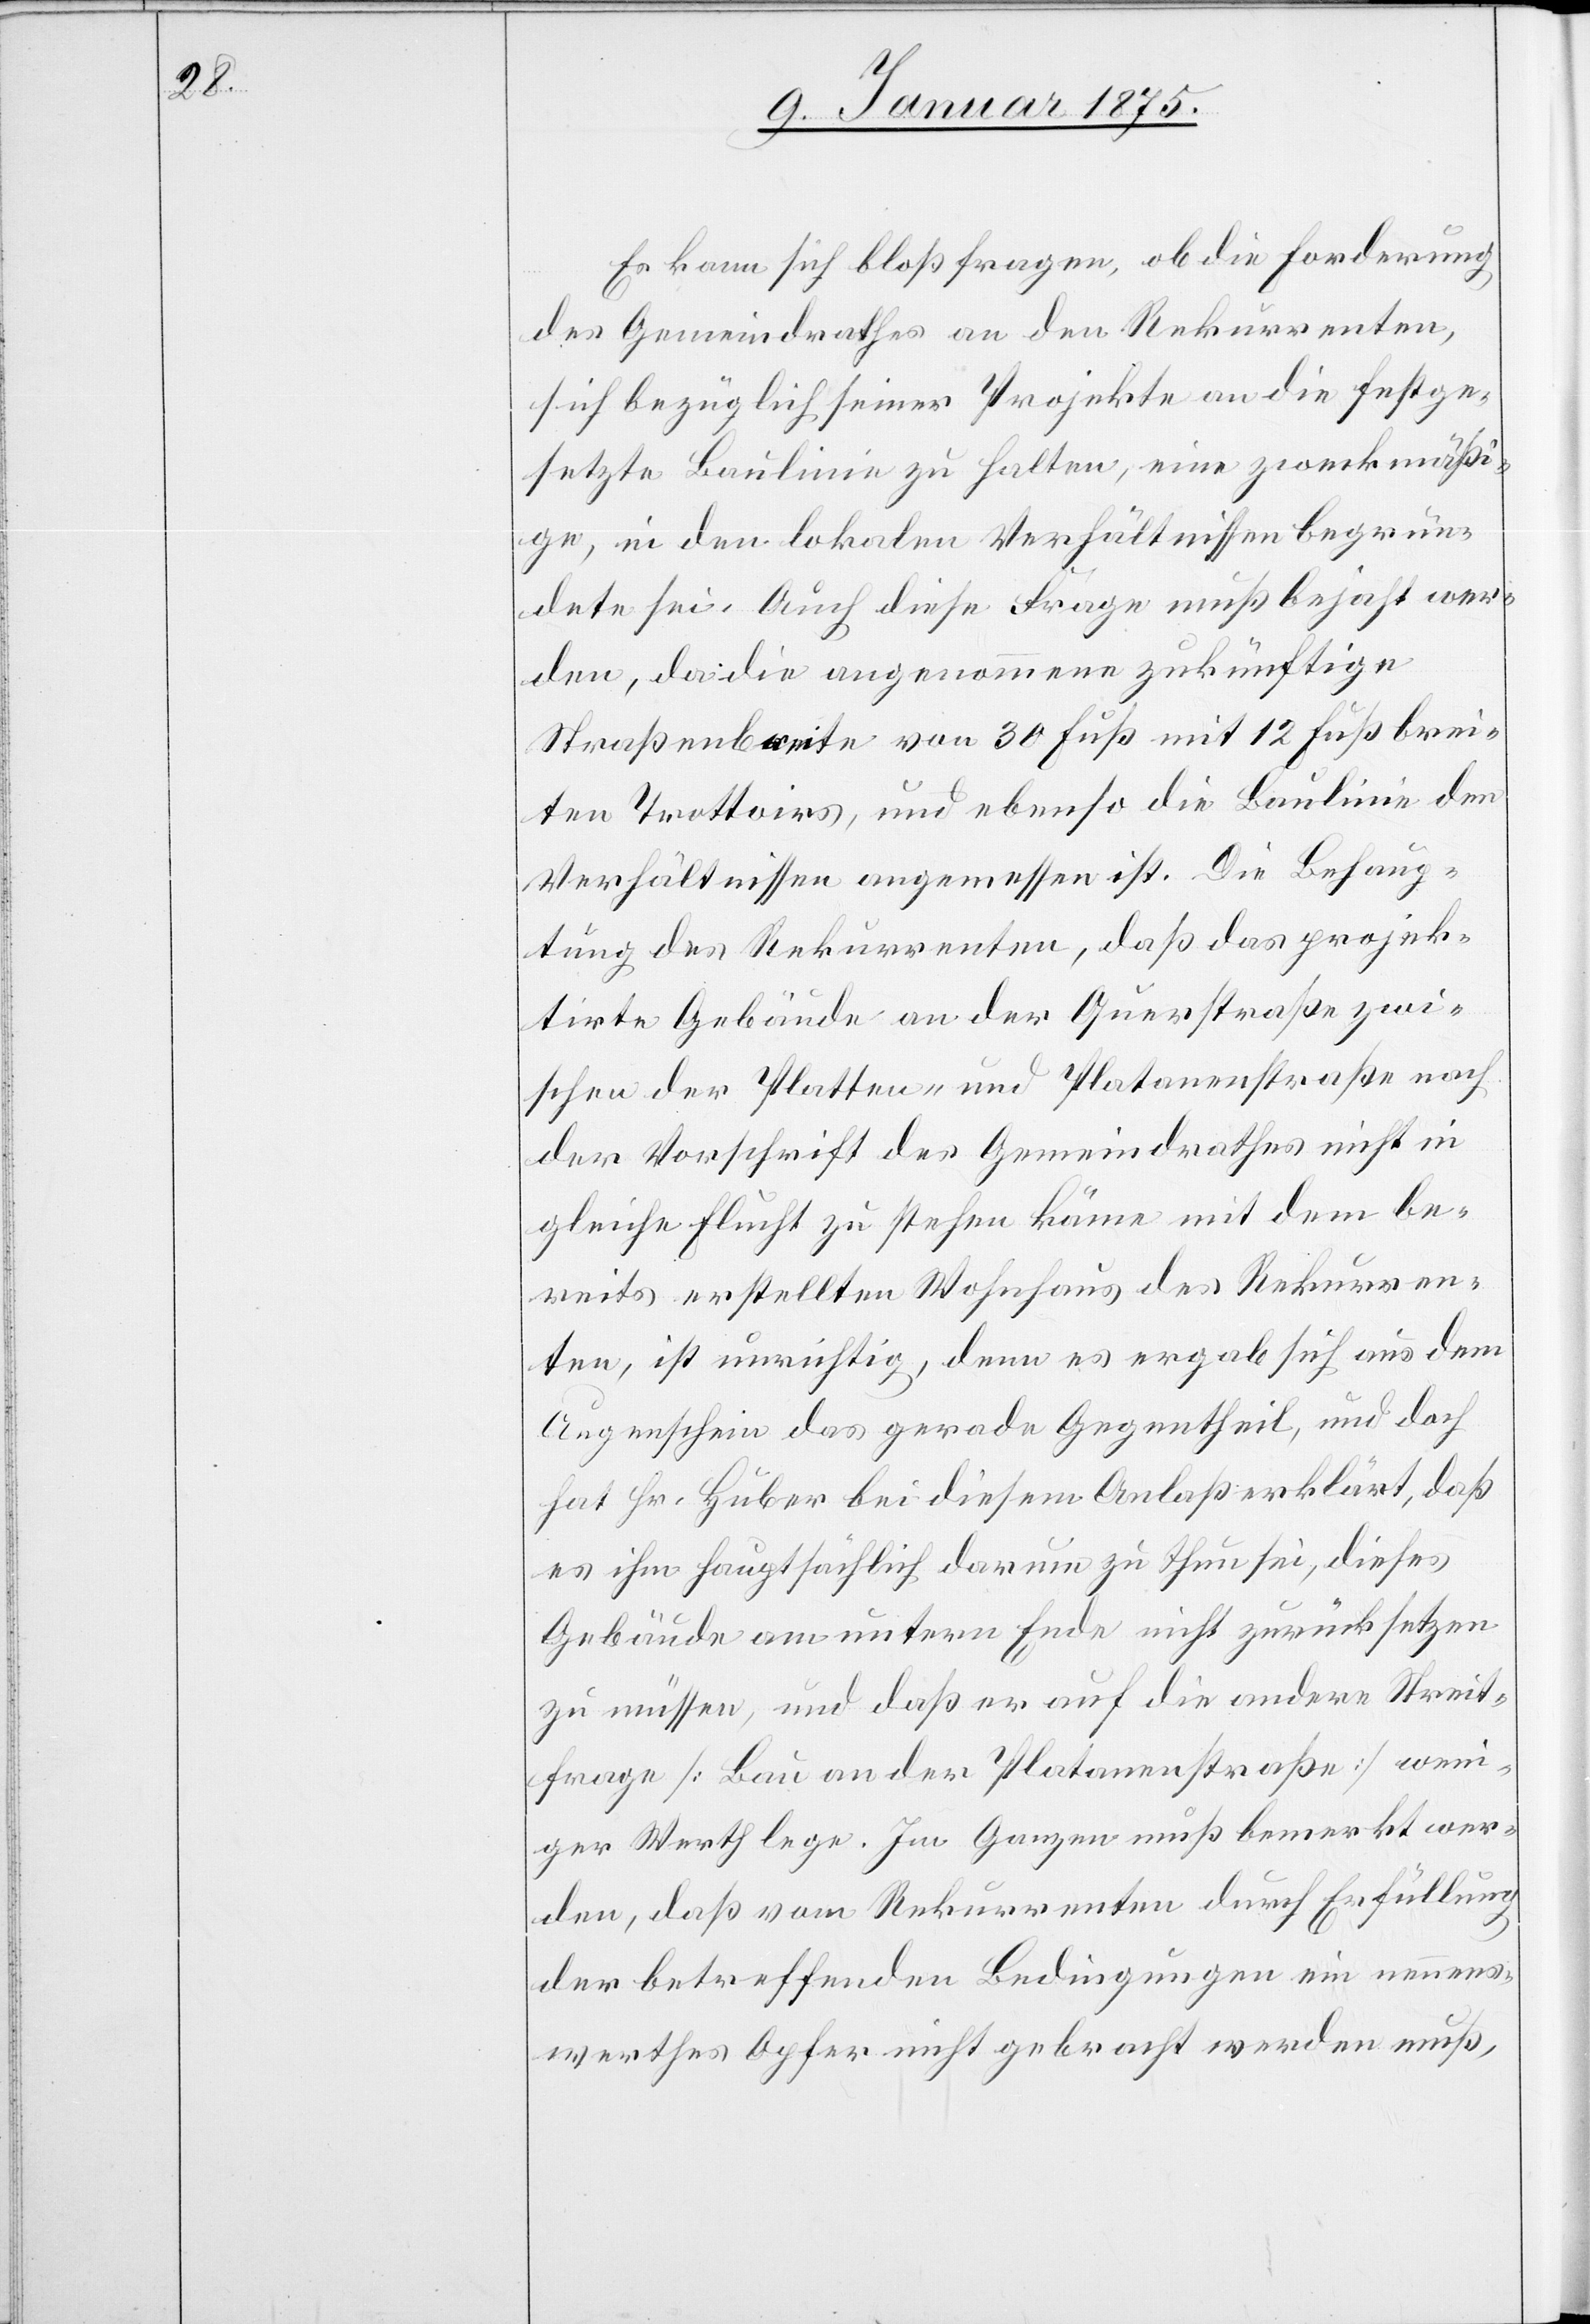
Es kann sich bloß fragen, ob die Forderung
des Gemeindrathes an den Rekurrenten,
sich bezüglich seines Projektes an die festge¬
setzte Baulinie zu halten, eine zweckmäßi¬
ge, in den lokalen Verhältnissen begrün¬
dete sei. Auch diese Frage muß bejaht wer¬
den, da die angenommene zukünftige
Straßenbreite von 30 Fuß mit 12 Fuß brei¬
ten Trottoirs, und ebenso die Baulinie den
Verhältnissen angemessen ist. Die Behaup¬
tung des Rekurrenten, daß das projek¬
tirte Gebäude an der Querstraße zwi¬
schen der Platten- und Platanenstraße nach
der Vorschrift des Gemeindrathes nicht in
gleiche Flucht zu stehen käme mit dem be¬
reits erstellten Wohnhaus des Rekurren¬
ten, ist unrichtig, denn es ergab sich aus dem
Augenschein des gerade Gegentheil, und doch
hat Hr. Huber bei diesem Anlaß erklärt, daß
es ihm hauptsächlich darum zu thun sei, dieses
Gebäude am untern Ende nicht zurück setzen
zu müssen, und daß er auf die andere Streit¬
frage (Bau an der Platanenstraße) weni¬
ger Werth lege. Im Ganzen muß bemerkt wer¬
den, daß vom Rekurrenten durch Erfüllung
der betreffenden Bedingungen ein nennens¬
werthes Opfer nicht gebracht werden muß,